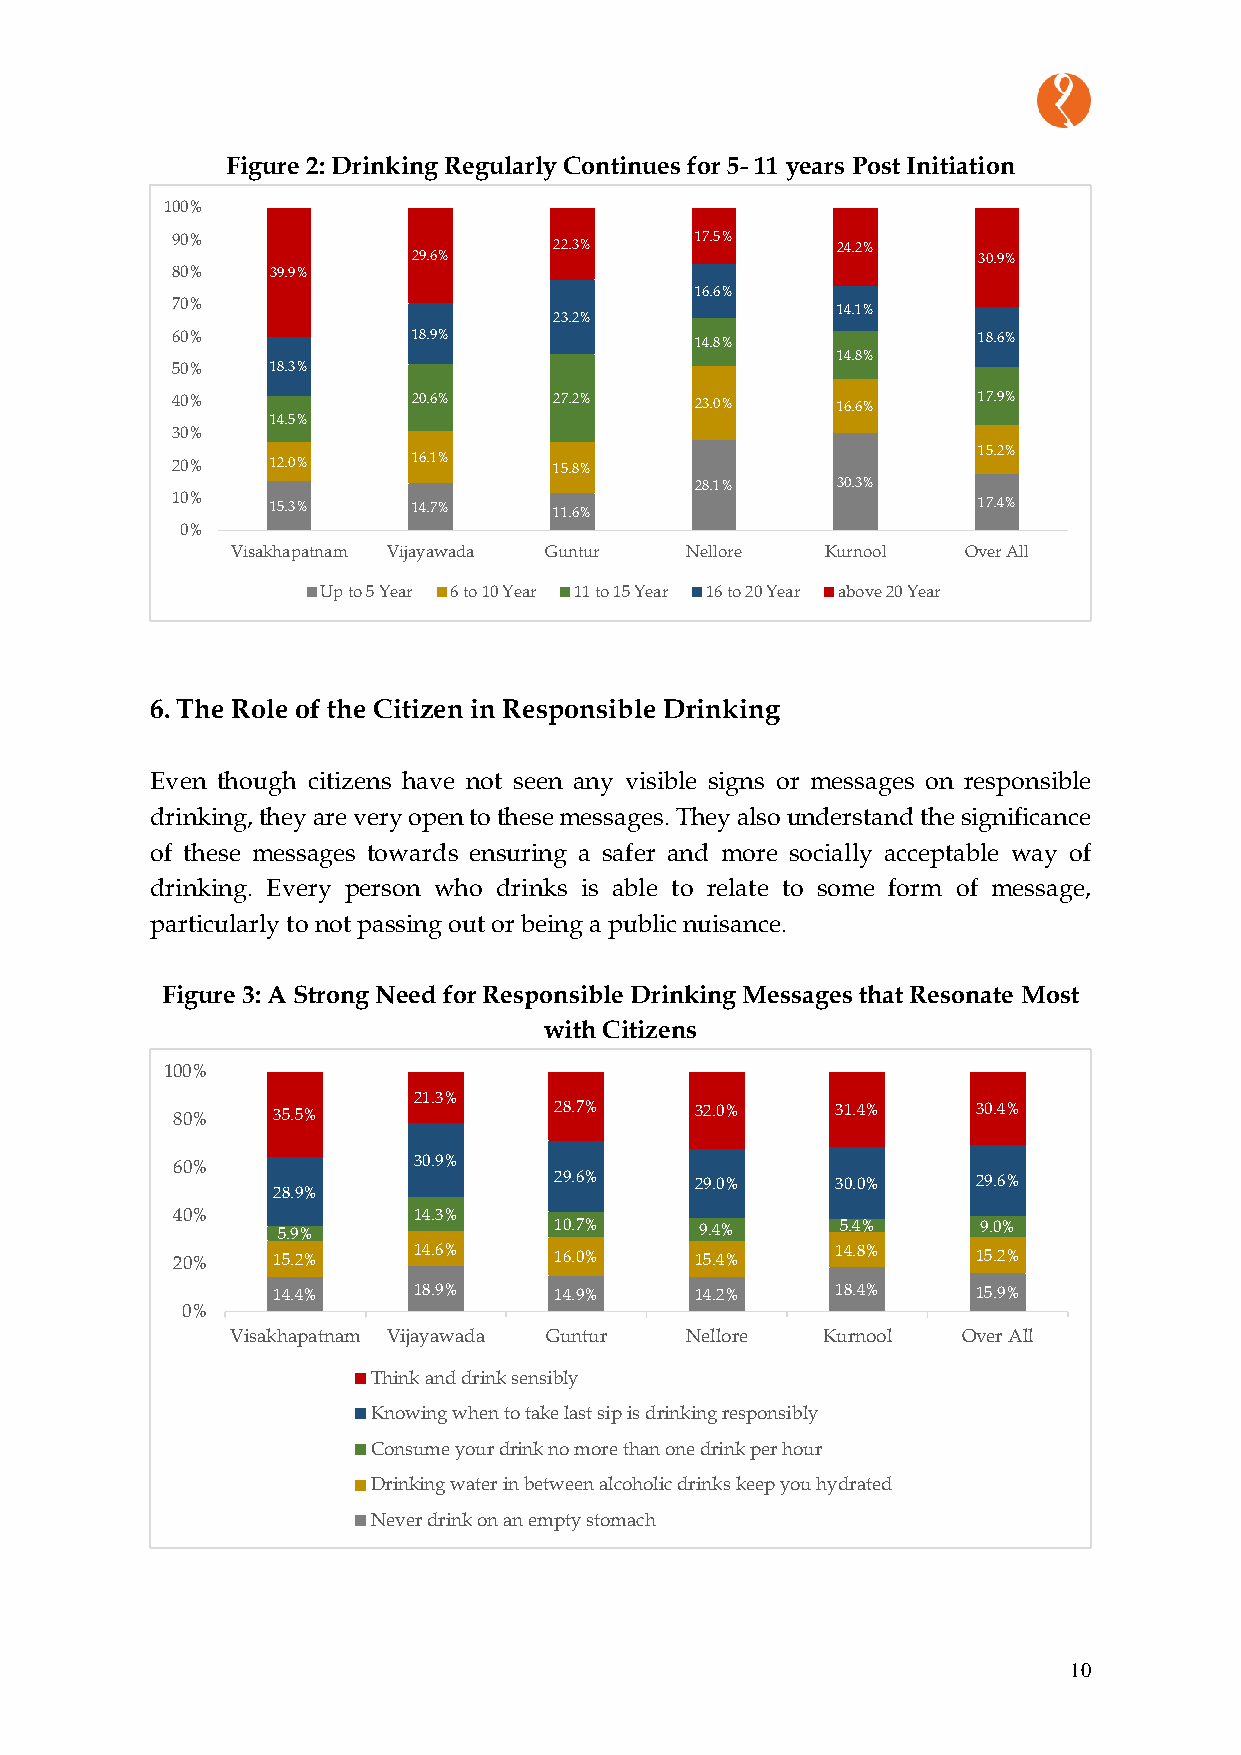
Figure 2: Drinking Regularly Continues for 5- 11 years Post Initiation
 100%
 90%                       22.3%    17.5%    24.2%
 29.6%                                 30.9%
 80%    39.9%
 16.6%
 70%                                         14.1%
 23.2%
 60%             18.9%              14.8%              18.6%
 14.8%
 50%    18.3%
 40%             20.6%     27.2%    23.0%    16.6%     17.9%
 14.5%
 30%
 15.2%
 20%    12.0%    16.1%     15.8%
 28.1%    30.3%
 10%    15.3%    14.7%     11.6%                       17.4%
 0%
 Visakhapatnam Vijayawada Guntur Nellore Kurnool  Over All
 Up to 5 Year 6 to 10 Year 11 to 15 Year 16 to 20 Year above 20 Year
 6. The Role of the Citizen in Responsible Drinking
 Even though citizens have not seen any visible signs or messages on responsible
 drinking, they are very open to these messages. They also understand the significance
 of these messages towards ensuring a safer and more socially acceptable way of
 drinking. Every person who drinks is able to relate to some form of message,
 particularly to not passing out or being a public nuisance.
 Figure 3: A Strong Need for Responsible Drinking Messages that Resonate Most
 with Citizens
 100%
 21.3%
 80%    35.5%              28.7%    32.0%    31.4%     30.4%
 60%             30.9%
 29.6%    29.0%    30.0%     29.6%
 28.9%
 40%             14.3%
 5.9%               10.7%    9.4%      5.4%     9.0%
 20%    15.2%    14.6%     16.0%    15.4%    14.8%     15.2%
 14.4%    18.9%     14.9%    14.2%    18.4%     15.9%
 0%
 Visakhapatnam Vijayawada Guntur Nellore Kurnool  Over All
 Think and drink sensibly
 Knowing when to take last sip is drinking responsibly
 Consume your drink no more than one drink per hour
 Drinking water in between alcoholic drinks keep you hydrated
 Never drink on an empty stomach
 10